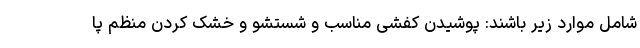
شامل موارد زیر باشند: پوشیدن کفشی مناسب‌ و شستشو و خشک کردن منظم پا